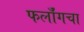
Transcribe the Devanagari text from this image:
फर्लाँगचा